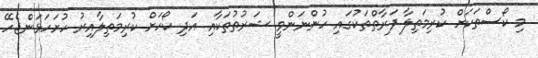
މި ކޯސްތަކަށް ކުރިމަތިލާ ފަރާތްތަކުގައި ހުންނަންވީ ޝަރުތުތަކާއި އަދި ކޯހަށް ކުރިމަތިލާއިރު ހުށަހަޅަންޖެހޭ